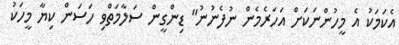
އެކަމަކު އެ މީހުންނަކަށް އަހަރެމެން ނުފެނުނު" ޑިންގީން ސަލާމަތްވި ހަސަން ކިޔާ މީހަކު